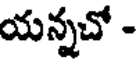
యన్నచో -